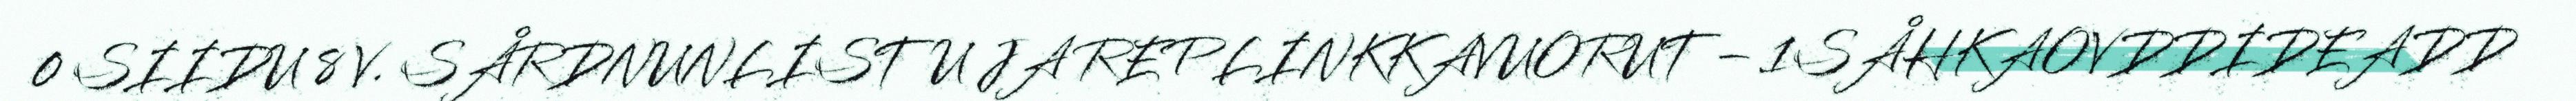
0 SIIDU 8 V. SÅRDNUNLISTU JA REPLINKKAVUORUT – 1SÅHKAOVDDIDEADD